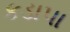
કડાપા